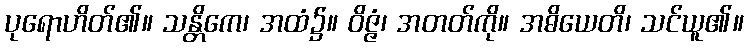
ပုရောဟိတ်၏။ သန္တိကေ၊ အထံ၌။ ဝိဇ္ဇံ၊ အတတ်ကို။ အဓိယေတိ၊ သင်ယူ၏။